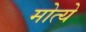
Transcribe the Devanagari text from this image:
मोत्ये